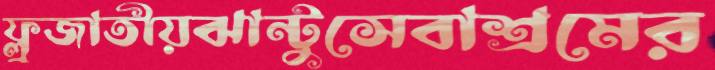
ফ্লুজাতীয়ঝান্টুসেবাশ্রমের